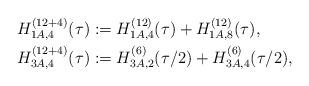
LaTeX: \begin{align*}H^{(12+4)}_{1A,4}(\tau)&:=H^{(12)}_{1A,4}(\tau)+H^{(12)}_{1A,8}(\tau),\\H^{(12+4)}_{3A,4}(\tau)&:=H^{(6)}_{3A,2}(\tau/2)+H^{(6)}_{3A,4}(\tau/2),\\\end{align*}